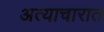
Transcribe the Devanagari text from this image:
अत्याचारात